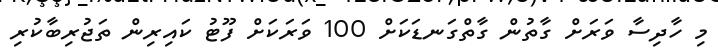
މި ހާދިސާ ވަރަށް ގާތުން ގާތްގަނޑަކަށް 100 ވަރަކަށް ފޫޓު ކައިރިން ތަޖުރިބާކުރި